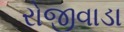
રોજીવાડા